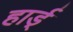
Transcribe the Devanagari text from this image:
हार्ड्